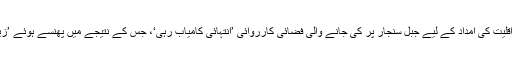
صدر براک اوباما نے کہا ہے کہ عراق کی محصور یزیدی اقلیت کی امداد کے لیے جبل سنجار پر کی جانے والی فضائی کارروائی ’انتہائی کامیاب رہی‘، جس کے نتیجے میں پھنسے ہوئے ’زیادہ تر افراد بحفاظت‘ اپنے گھروں کی طرف پہنچ چکے ہیں۔